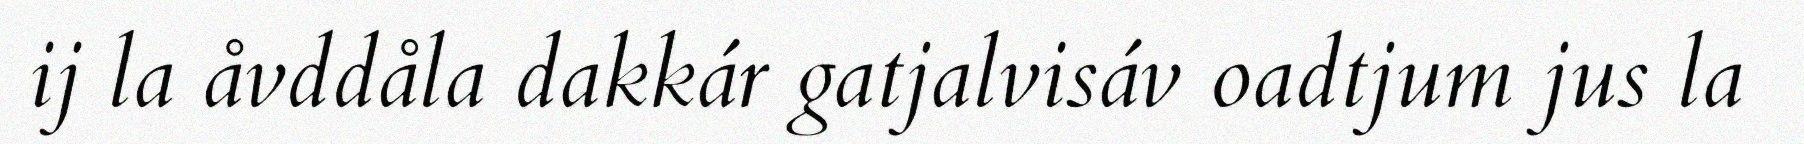
ij la åvddåla dakkár gatjalvisáv oadtjum jus la